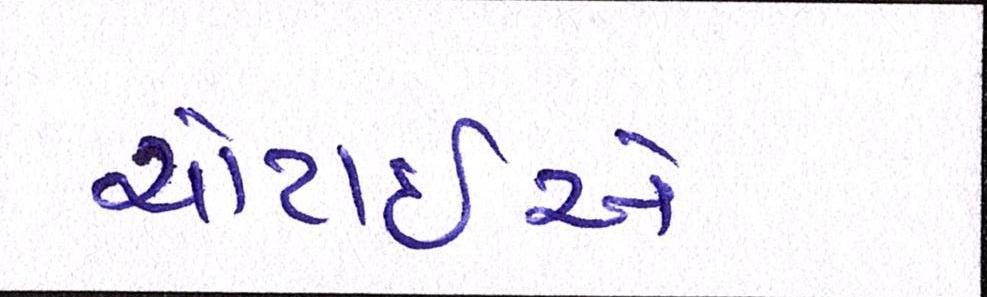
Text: ચોટાઇએ